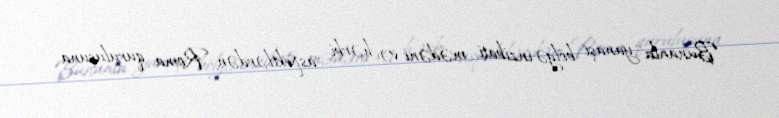
Bununla yanaşı bölgə inzibati, mədəni və hərbi aspektlərdən Roma quruluşuna